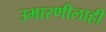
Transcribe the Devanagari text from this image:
उभारणीलाही